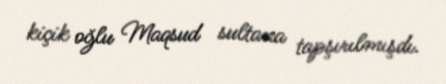
kiçik oğlu Maqsud sultana tapşırılmışdı.